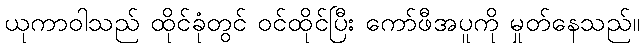
ယုကာဝါသည် ထိုင်ခုံတွင် ဝင်ထိုင်ပြီး ကော်ဖီအပူကို မှုတ်နေသည်။